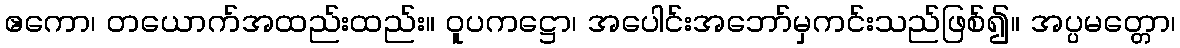
ဧကော၊ တယောက်အထည်းထည်း။ ဝူပကဋ္ဌော၊ အပေါင်းအဘော်မှကင်းသည်ဖြစ်၍။ အပ္ပမတ္တော၊